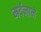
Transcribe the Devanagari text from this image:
मर्दनाने